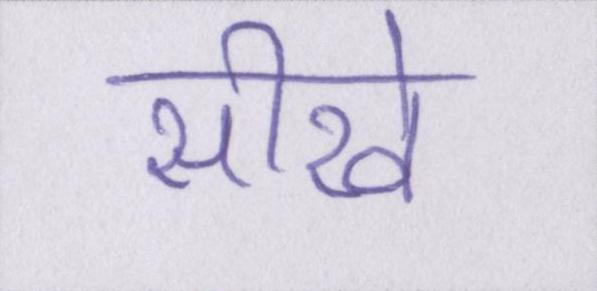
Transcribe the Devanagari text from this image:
सीखे